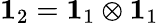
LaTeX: \mathbf{1}_{2}=\mathbf{1}_{1}\otimes\mathbf{1}_{1}